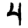
Digit: 4